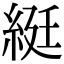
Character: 綎